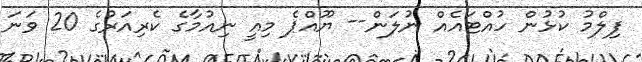
ފިލްމު ކުޅުން ހުއްޓައެއް ނުލަން-- ޔޫއްޕެ މިއީ ނިއުމާގެ ކެރިއަރުގެ 20 ވަނަ